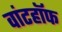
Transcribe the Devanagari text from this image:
वांटहॉफ